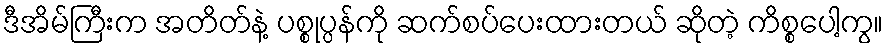
ဒီအိမ်ကြီးက အတိတ်နဲ့ ပစ္စုပ္ပန်ကို ဆက်စပ်ပေးထားတယ် ဆိုတဲ့ ကိစ္စပေါ့ကွ။